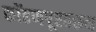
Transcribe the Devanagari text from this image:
कोंढणपूरवरून